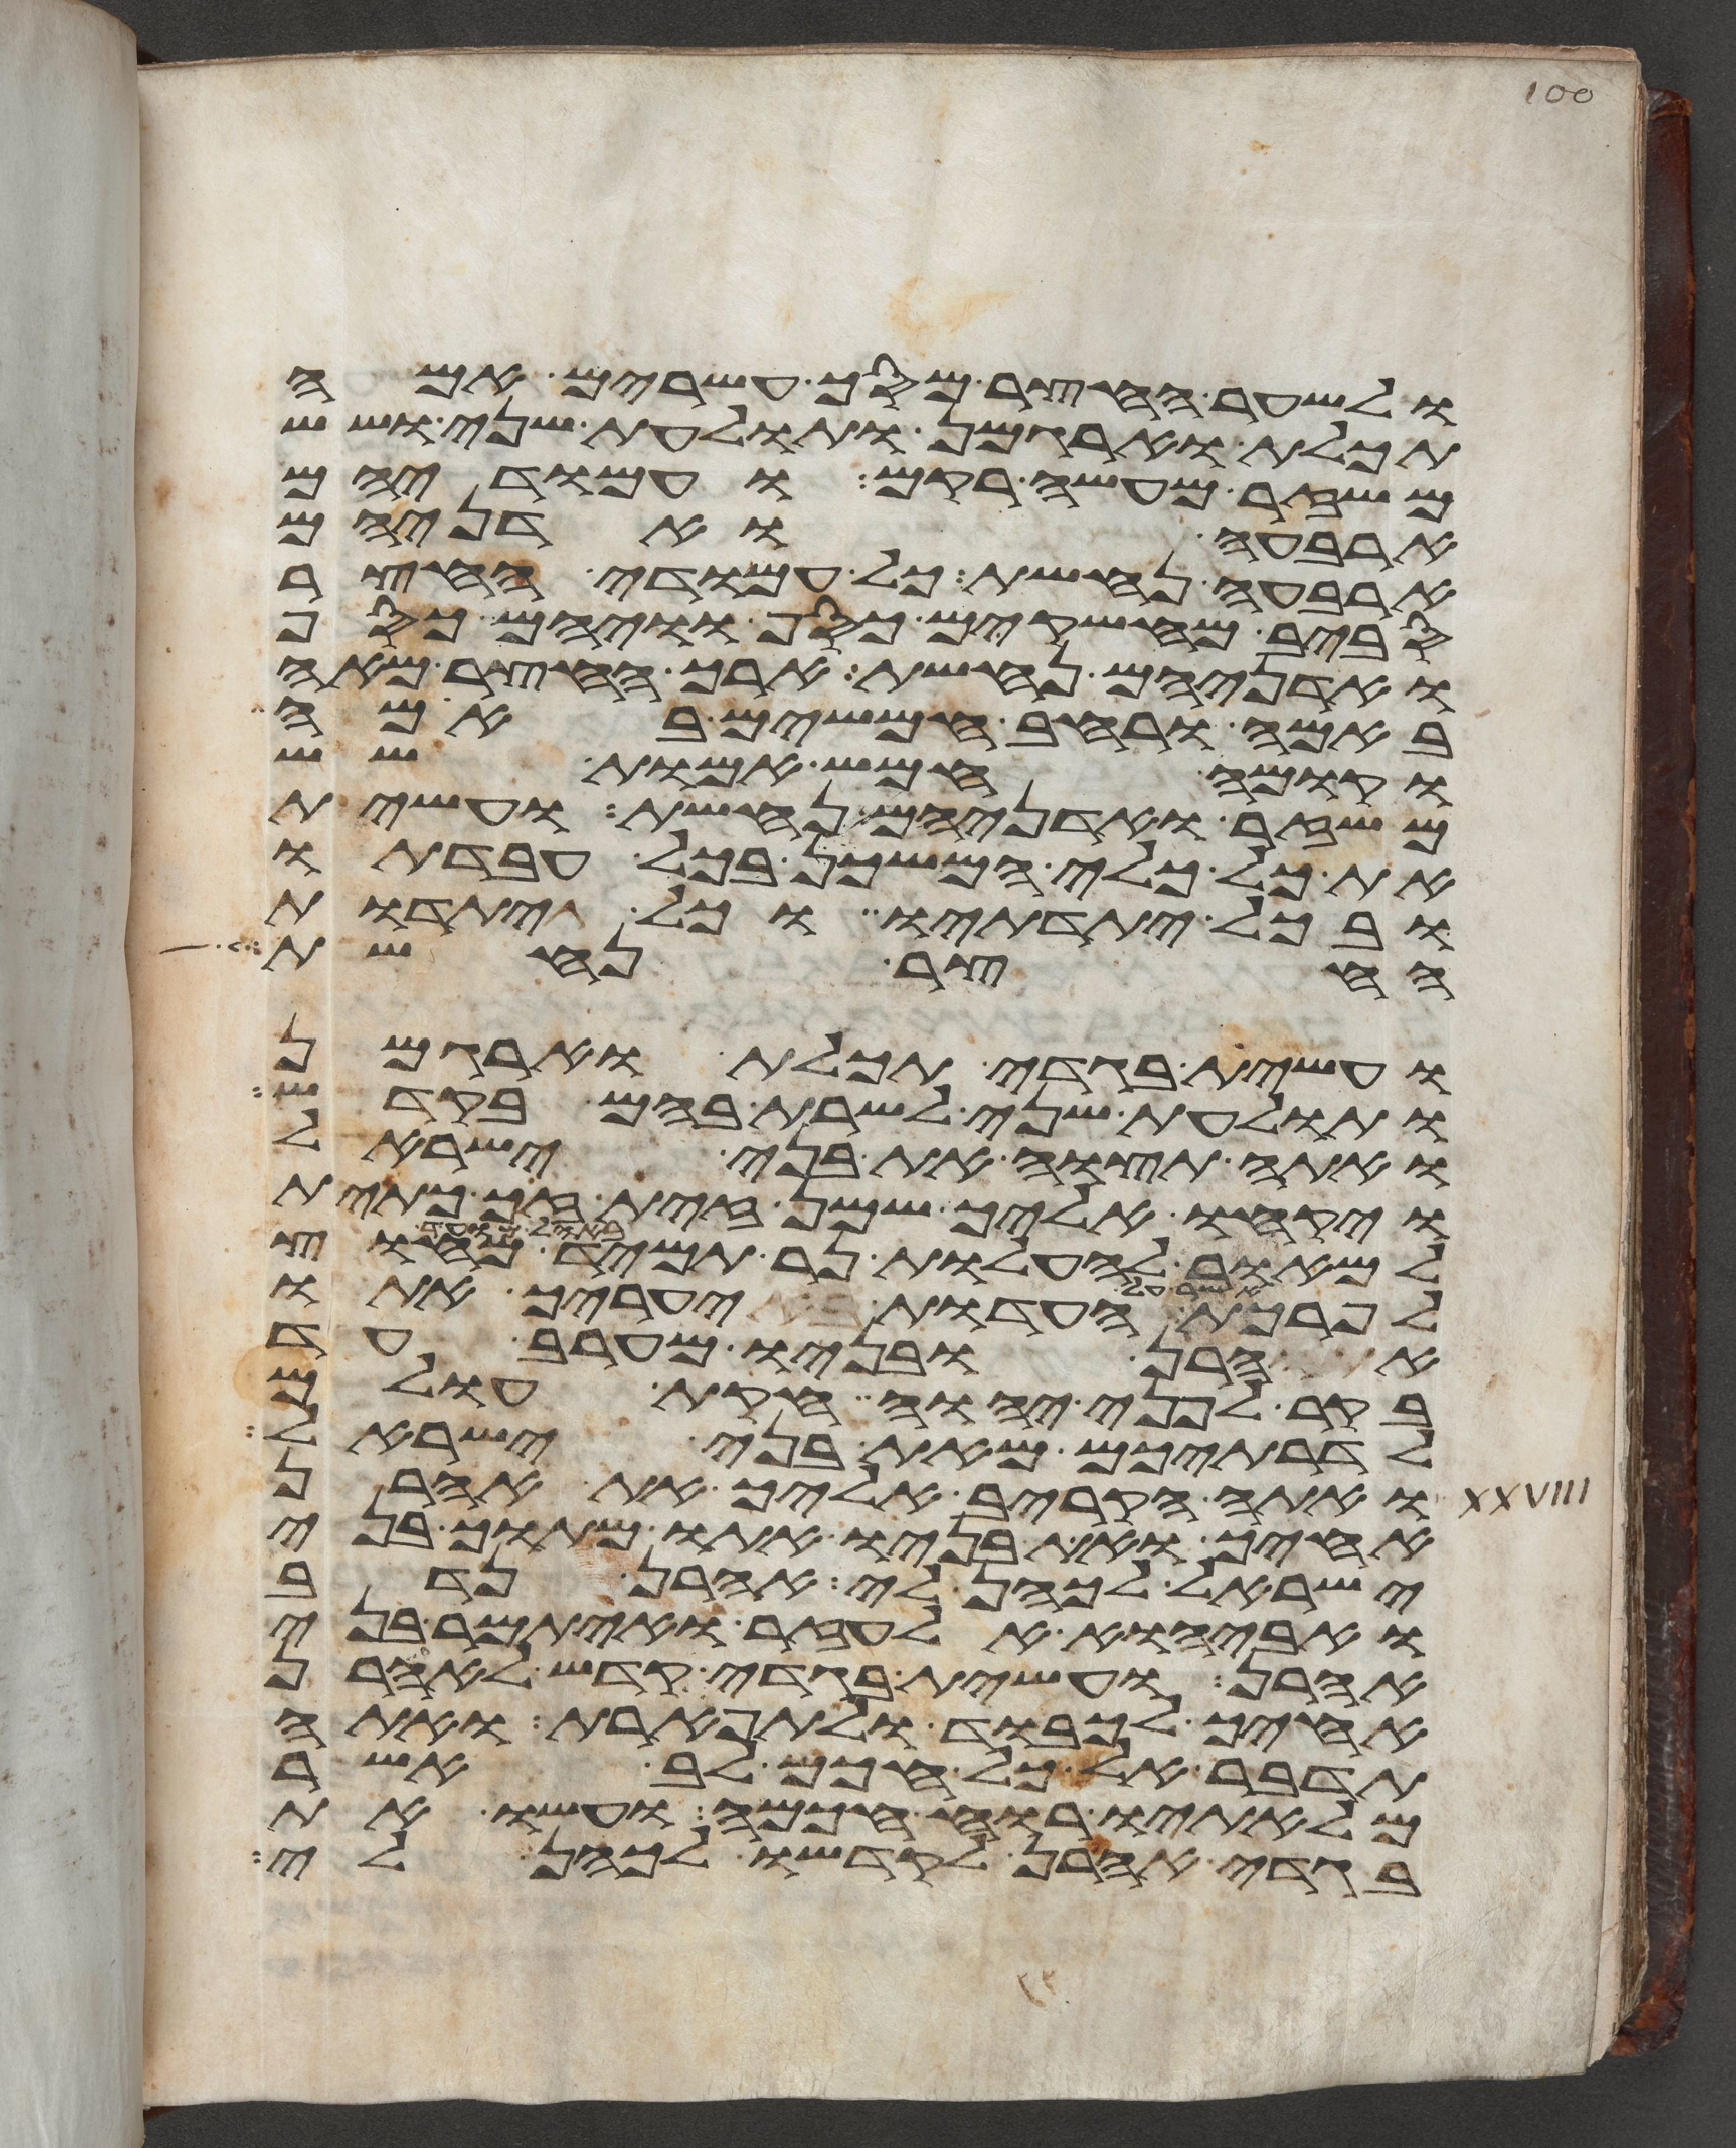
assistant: ולשער החצר מסך עשרים אמה
תכלת וארגמן ותולעת שני ושש
משזר מעשה רקם ועמודיהם
ארבעה ואדניהם
ארבעה נחשת כל עמודי החצר
סביב מחשקים כסף וויהם כסף
ואדניהם נחשת ארך החצר מאה
באמה ורחב חמשים באמה
וקומה חמש אמות שש
משזר ואדניהם נחשת ועשית
את כל כלי המשכן בכל עבדתו
ובכל יתדתיו וכל יתדות
החצר נחשת
ועשית בגדי תכלת וארגמן
ותולעת שני לשרת בהם בקדש
ואתה תצוה את בני ישראל
ויקחו אליך שמן זית זך כתית
למאור להעלות נר תמיד מחוץ
לפרכת העדות באהל מועד יערך אתו
אהרן ובניו מערב עד
בקר לפני יהוה חקות עולם
לדרתיכם מאת בני ישראל
ואתה הקריב אליך את אהרן
אחיך ואת בניו אתו מתוך בני
ישראל לכהן לי אהרן נדב
ואביהוא אלעזר ואיתמר בני
אהרן ועשית בגדי קדש לאהרן
אחיך לכבוד ולתפארת ואתה
תדבר אל כל חכם לב אשר
מלאתיו רוח חכמה ועשו את
בגדי אהרן לקדשו לכהן לי